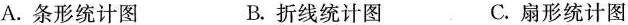
A.条形统计图 B.折线统计图 C.扇形统计图